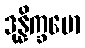
ဒုန္နိက္ခမော